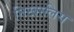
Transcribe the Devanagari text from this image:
निखालिस